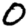
Digit: 0